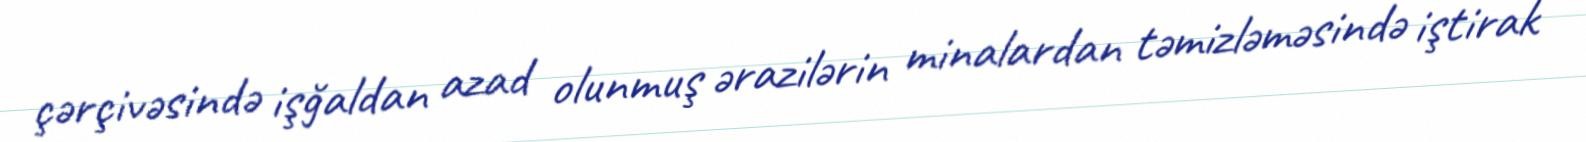
çərçivəsində işğaldan azad olunmuş ərazilərin minalardan təmizləməsində iştirak